Bulletin of the Pasteur Institute of Southern India, Coonoor - No. 3.
Year: 1910
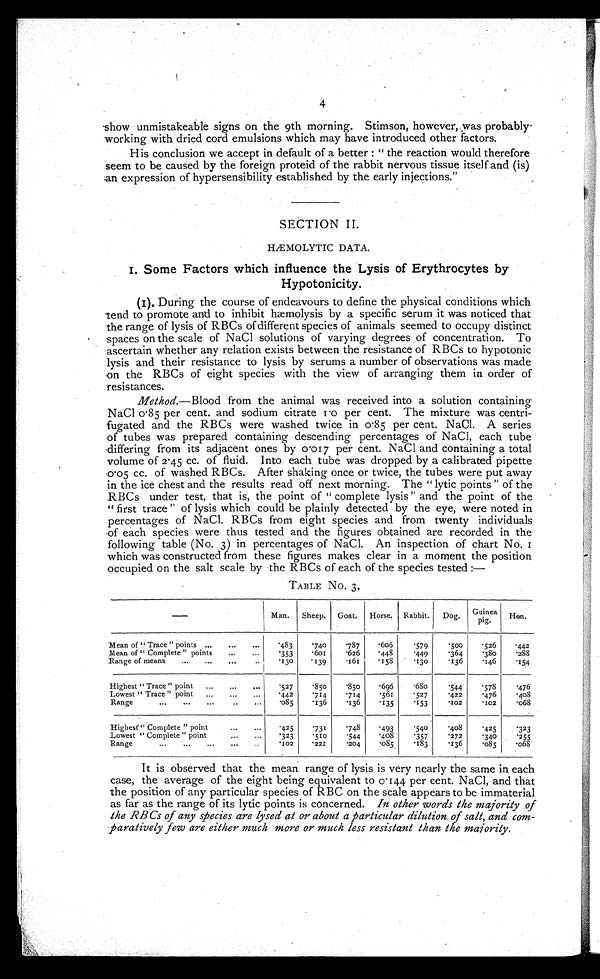
4
show unmistakeable signs on the 9th morning. Stimson, however, was probably-
working with dried cord emulsions which may have introduced other factors.
His conclusion we accept in default of a better : " the reaction would therefore
seem to be caused by the foreign proteid of the rabbit nervous tissue itself and (is)
an expression of hypersensibility established by the early injections."
SECTION II.
HÆMOLYTIC DATA.
I. Some Factors which influence the Lysis of Erythrocytes by
Hypotonicity.
(I). During the course of endeavours to define the physical conditions which
t
end to promote and
to inhibit hæmolysis by a specific serum it was noticed that
the range of lysis of RBCs of different species of animals seemed to occupy distinct
spaces on the scale of NaCl solutions of varying degrees of concentration. To
ascertain whether any relation exists between the resistance of RBCs to hypotonic
l
ysis and their resistance to lysis by serums a number of observations was made
o
n
the RBCs of eight species with the view of arranging them in order of
resistances.
Method.— Blood from the animal was received into a solution containing
NaCl 0.85 per cent. and sodium citrate 1.0 per cent. The mixture was centri-
fugated and the RBCs were washed twice in 0.85 per cent. NaCl. A series
of tubes was prepared containing descending percentages of NaC1, each tube
differing from its adjacent ones by 0 .017 per cent. NaC1 and containing a total
volume of 2.45 cc. of fluid. Into each tube was dropped by a calibrated pipette
0 . 05 cc. of washed RBCs. After shaking once or twice, the tubes were put away
in the ice chest and the results read off next morning. The " lytic points " of the
RBCs under test, that is, the point of " complete lysis " and the point of the
" first trace " of lysis which could be plainly detected by the eye, were noted in
percentages of NaC1. RBCs from eight species and from twenty individuals
of each species were thus tested and the figures obtained are recorded in the
following table (No. 3) in percentages of NaCl. An inspection of chart No.
which was constructed from these figures makes clear in a moment the position
occupied on the salt scale by -the RBCs of each of the species tested :-
TABLE No. 3.
—
Man. Sheep. Goat. Horse. Rabbit. Dog. Guinea
pig.
Hen.
Mean of " Trace " points ...
...
...
.483
.740
.787
.606
.579
.500
.526
.442
Mean of " Complete" points
...
. . .
.353
. 6 0 1
.626
.448
.449
.364
.380
.288
Range of means
...
...
...
.. .130
.139
.161
.158
.130
.136
.146
.154
Highest " Trace " point ...
...
...
. 527
.850
.850
.696
.680
.544
.578
.476
Lowest " Trace " point ...
...
...
.442
.714
.714
.561
.527
.422
.476
.408
Range
...
...
...
..
...
.085
.136
.136
. 135
153
. 102
. 1 0 2
.068
Highest" Complete " point
...
. . .
.425
.731
.748
.493
.540
.408
.425
.323
Lowest " Complete " point
...
...
.323
.510
.544
.408
.357
.272
.340
.255
Range
...
...
...
...
..
.102
.221
.204
.085
.183
.136
.085
.068
It is observed that the mean range of lysis is very nearly the same in each
case, the average of the eight being equivalent to 0.144 per cent. NaC1, and that
the position of any particular species of RBC on the scale appears to be immaterial
as far as the range of its lytic points is concerned. In other words the majority of
the RBCs of any species are lysed at or about a particular dilution. of salt, and com-
paratively few are either much more or much less resistant than the majority.